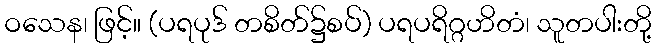
ဝသေန၊ ဖြင့်။ (ပရပုဒ် တစိတ်၌စပ်) ပရပရိဂ္ဂဟိတံ၊ သူတပါးတို့